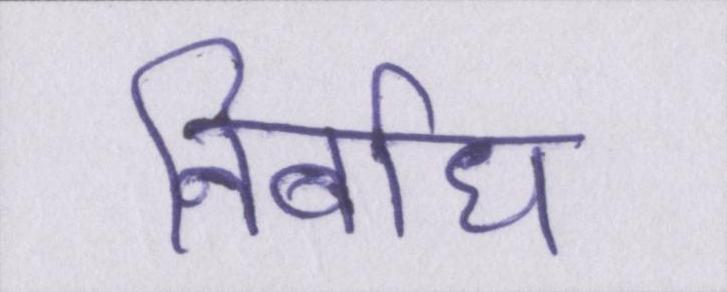
निर्बाध